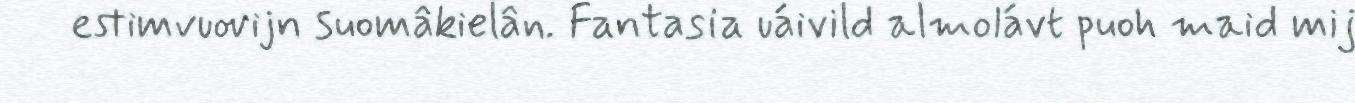
estimvuovijn suomâkielân. Fantasia uáivild almolávt puoh maid mij